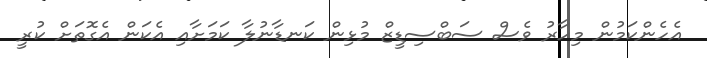
އެހެންކަމުން މިހާރު ވެސް ސަބްސިޑީޒް މުޅިން ކަނޑާނުލާ ކަމަށާއި އެކަން އެގޮތަށް ކުރީ